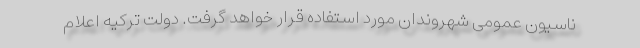
ناسیون عمومی شهروندان مورد استفاده قرار خواهد گرفت. دولت ترکیه اعلام